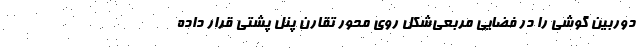
دوربین گوشی را در فضایی مربعی‌شکل روی محور تقارن پنل پشتی قرار داده